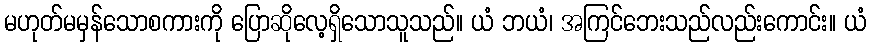
မဟုတ်မမှန်သောစကားကို ပြောဆိုလေ့ရှိသောသူသည်။ ယံ ဘယံ၊ အကြင်ဘေးသည်လည်းကောင်း။ ယံ